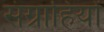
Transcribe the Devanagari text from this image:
संग्राहियों